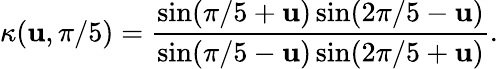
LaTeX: \kappa(\mathbf{u},{\pi/5})={\frac{{\sin(\pi/5+\mathbf{u})\sin(2\pi/5-\mathbf{u})}}{{\sin(\pi/5-\mathbf{u})\sin(2\pi/5+\mathbf{u})}}}.